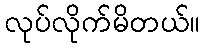
လုပ်လိုက်မိတယ်။